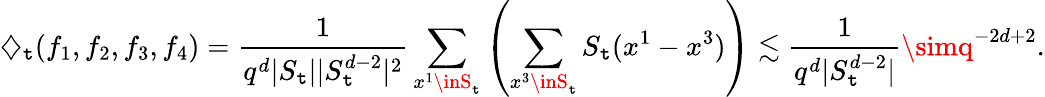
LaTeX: {\diamondsuit}_{\mathtt{t}}(f_{1},f_{2},f_{3},f_{4})=\frac{{1}}{{q^{d}|S_{\mathtt{t}}||S_{\mathtt{t}}^{d-2}|^{2}}}\sum_{x^{1}\inS_{\mathtt{t}}}\left(\sum_{x^{3}\inS_{\mathtt{t}}}S_{\mathtt{t}}(x^{1}-x^{3})\right)\lesssim\frac{{1}}{{q^{d}|S_{\mathtt{t}}^{d-2}|}}\simq^{-2d+2}.